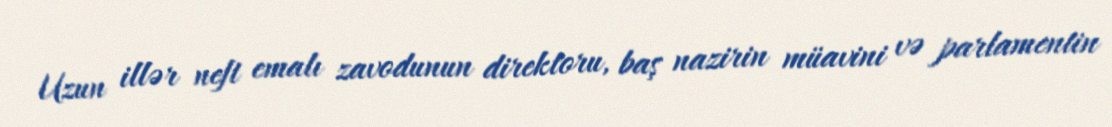
Uzun illər neft emalı zavodunun direktoru, baş nazirin müavini və parlamentin